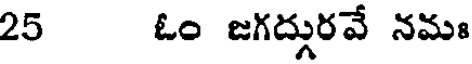
25 ఓం జగద్గురవే నమః